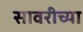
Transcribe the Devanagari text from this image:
सावरीच्या